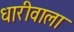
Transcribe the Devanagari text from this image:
धारीवाला